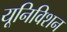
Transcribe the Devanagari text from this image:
यूनिविशन